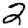
Digit: 2